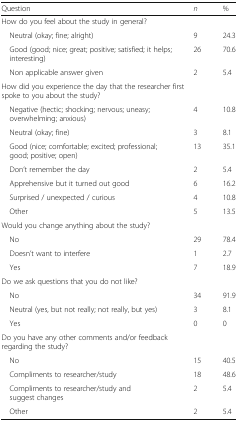
| Question | n | % |
 | --- | --- | --- |
 | <COLSPAN=3> How do you feel about the study in general? |
 | Neutral (okay; fine; alright) | 9 | 24.3 |
 | Good (good; nice; great; positive; satisfied; it helps; interesting) | 26 | 70.6 |
 | Non applicable answer given | 2 | 5.4 |
 | <COLSPAN=3> How did you experience the day that the researcher first spoke to you about the study? |
 | Negative (hectic; shocking; nervous; uneasy; overwhelming; anxious) | 4 | 10.8 |
 | Neutral (okay; fine) | 3 | 8.1 |
 | Good (nice; comfortable; excited; professional; good; positive; open) | 13 | 35.1 |
 | Don’t remember the day | 2 | 5.4 |
 | Apprehensive but it turned out good | 6 | 16.2 |
 | Surprised / unexpected / curious | 4 | 10.8 |
 | Other | 5 | 13.5 |
 | <COLSPAN=3> Would you change anything about the study? |
 | No | 29 | 78.4 |
 | Doesn’t want to interfere | 1 | 2.7 |
 | Yes | 7 | 18.9 |
 | <COLSPAN=3> Do we ask questions that you do not like? |
 | No | 34 | 91.9 |
 | Neutral (yes, but not really; not really, but yes) | 3 | 8.1 |
 | Yes | 0 | 0 |
 | <COLSPAN=3> Do you have any other comments and/or feedback regarding the study? |
 | No | 15 | 40.5 |
 | Compliments to researcher/study | 18 | 48.6 |
 | Compliments to researcher/study and suggest changes | 2 | 5.4 |
 | Other | 2 | 5.4 |